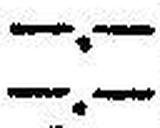
—.—